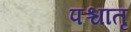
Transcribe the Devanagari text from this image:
पश्चातृ